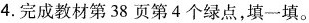
4. 完成教材第38页第4个绿点，填一填。